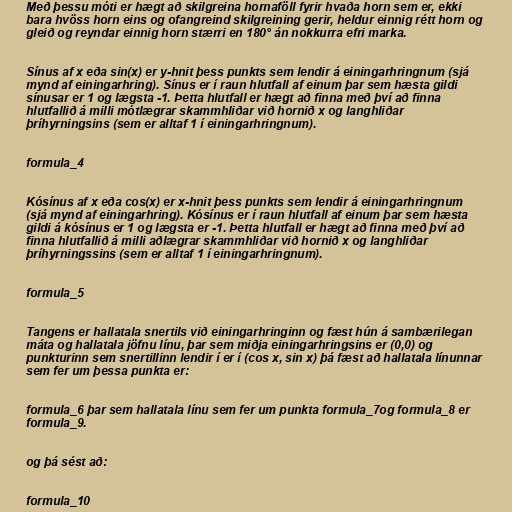
Með þessu móti er hægt að skilgreina hornaföll fyrir hvaða horn sem er, ekki
bara hvöss horn eins og ofangreind skilgreining gerir, heldur einnig rétt horn og
gleið og reyndar einnig horn stærri en 180° án nokkurra efri marka.

Sínus af x eða sin(x) er y-hnit þess punkts sem lendir á einingarhringnum (sjá
mynd af einingarhring). Sínus er í raun hlutfall af einum þar sem hæsta gildi
sínusar er 1 og lægsta -1. Þetta hlutfall er hægt að finna með því að finna
hlutfallið á milli mótlægrar skammhliðar við hornið x og langhliðar
þríhyrningsins (sem er alltaf 1 í einingarhringnum).

formula_4

Kósínus af x eða cos(x) er x-hnit þess punkts sem lendir á einingarhringnum
(sjá mynd af einingarhring). Kósínus er í raun hlutfall af einum þar sem hæsta
gildi á kósínus er 1 og lægsta er -1. Þetta hlutfall er hægt að finna með því að
finna hlutfallið á milli aðlægrar skammhliðar við hornið x og langhliðar
þríhyrningssins (sem er alltaf 1 í einingarhringnum).

formula_5

Tangens er hallatala snertils við einingarhringinn og fæst hún á sambærilegan
máta og hallatala jöfnu línu, þar sem miðja einingarhringsins er (0,0) og
punkturinn sem snertillinn lendir í er í (cos x, sin x) þá fæst að hallatala línunnar
sem fer um þessa punkta er:

formula_6 þar sem hallatala línu sem fer um punkta formula_7og formula_8 er
formula_9.

og þá sést að:

formula_10